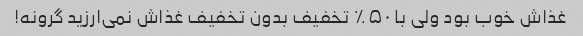
غذاش خوب بود ولی با ۵۰٪ تخفیف بدون تخفیف غذاش نمی‌ارزید گرونه!